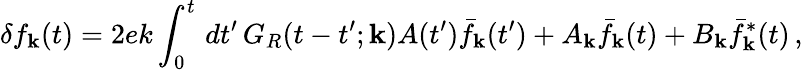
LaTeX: \delta f_{\mathbf k}(t)=2ek\int_{0}^{t}\, dt^{\prime}\, G_{R}(t-t^{\prime};{\mathbf k})A(t^{\prime})\bar{f}_{\mathbf k}(t^{\prime})+A_{\mathbf k}\bar{f}_{\mathbf k}(t)+B_{\mathbf k}\bar{f}_{\mathbf k}^{*}(t)\, ,